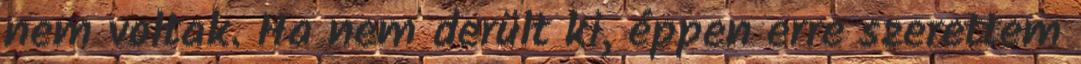
nem voltak. Ha nem derült ki, éppen erre szerettem